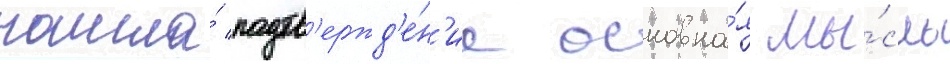
нашла́ подтв'ержд'е́н'ие основна́я мы́сль